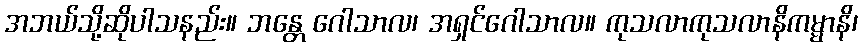
အဘယ်သို့ဆိုပါသနည်း။ ဘန္တေ ဂေါသာလ၊ အရှင်ဂေါသာလ။ ကုသလာကုသလာနိကမ္မာနိ၊